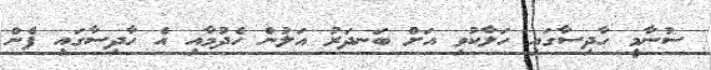
ސުނާމީ ހާދިސާގައި ހަލާކުވި އަށް ބަނދަރު އަލުން ހެދުމާއި އެ ހާދިސާގައި ފެން